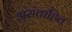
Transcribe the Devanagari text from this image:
असंवाहित